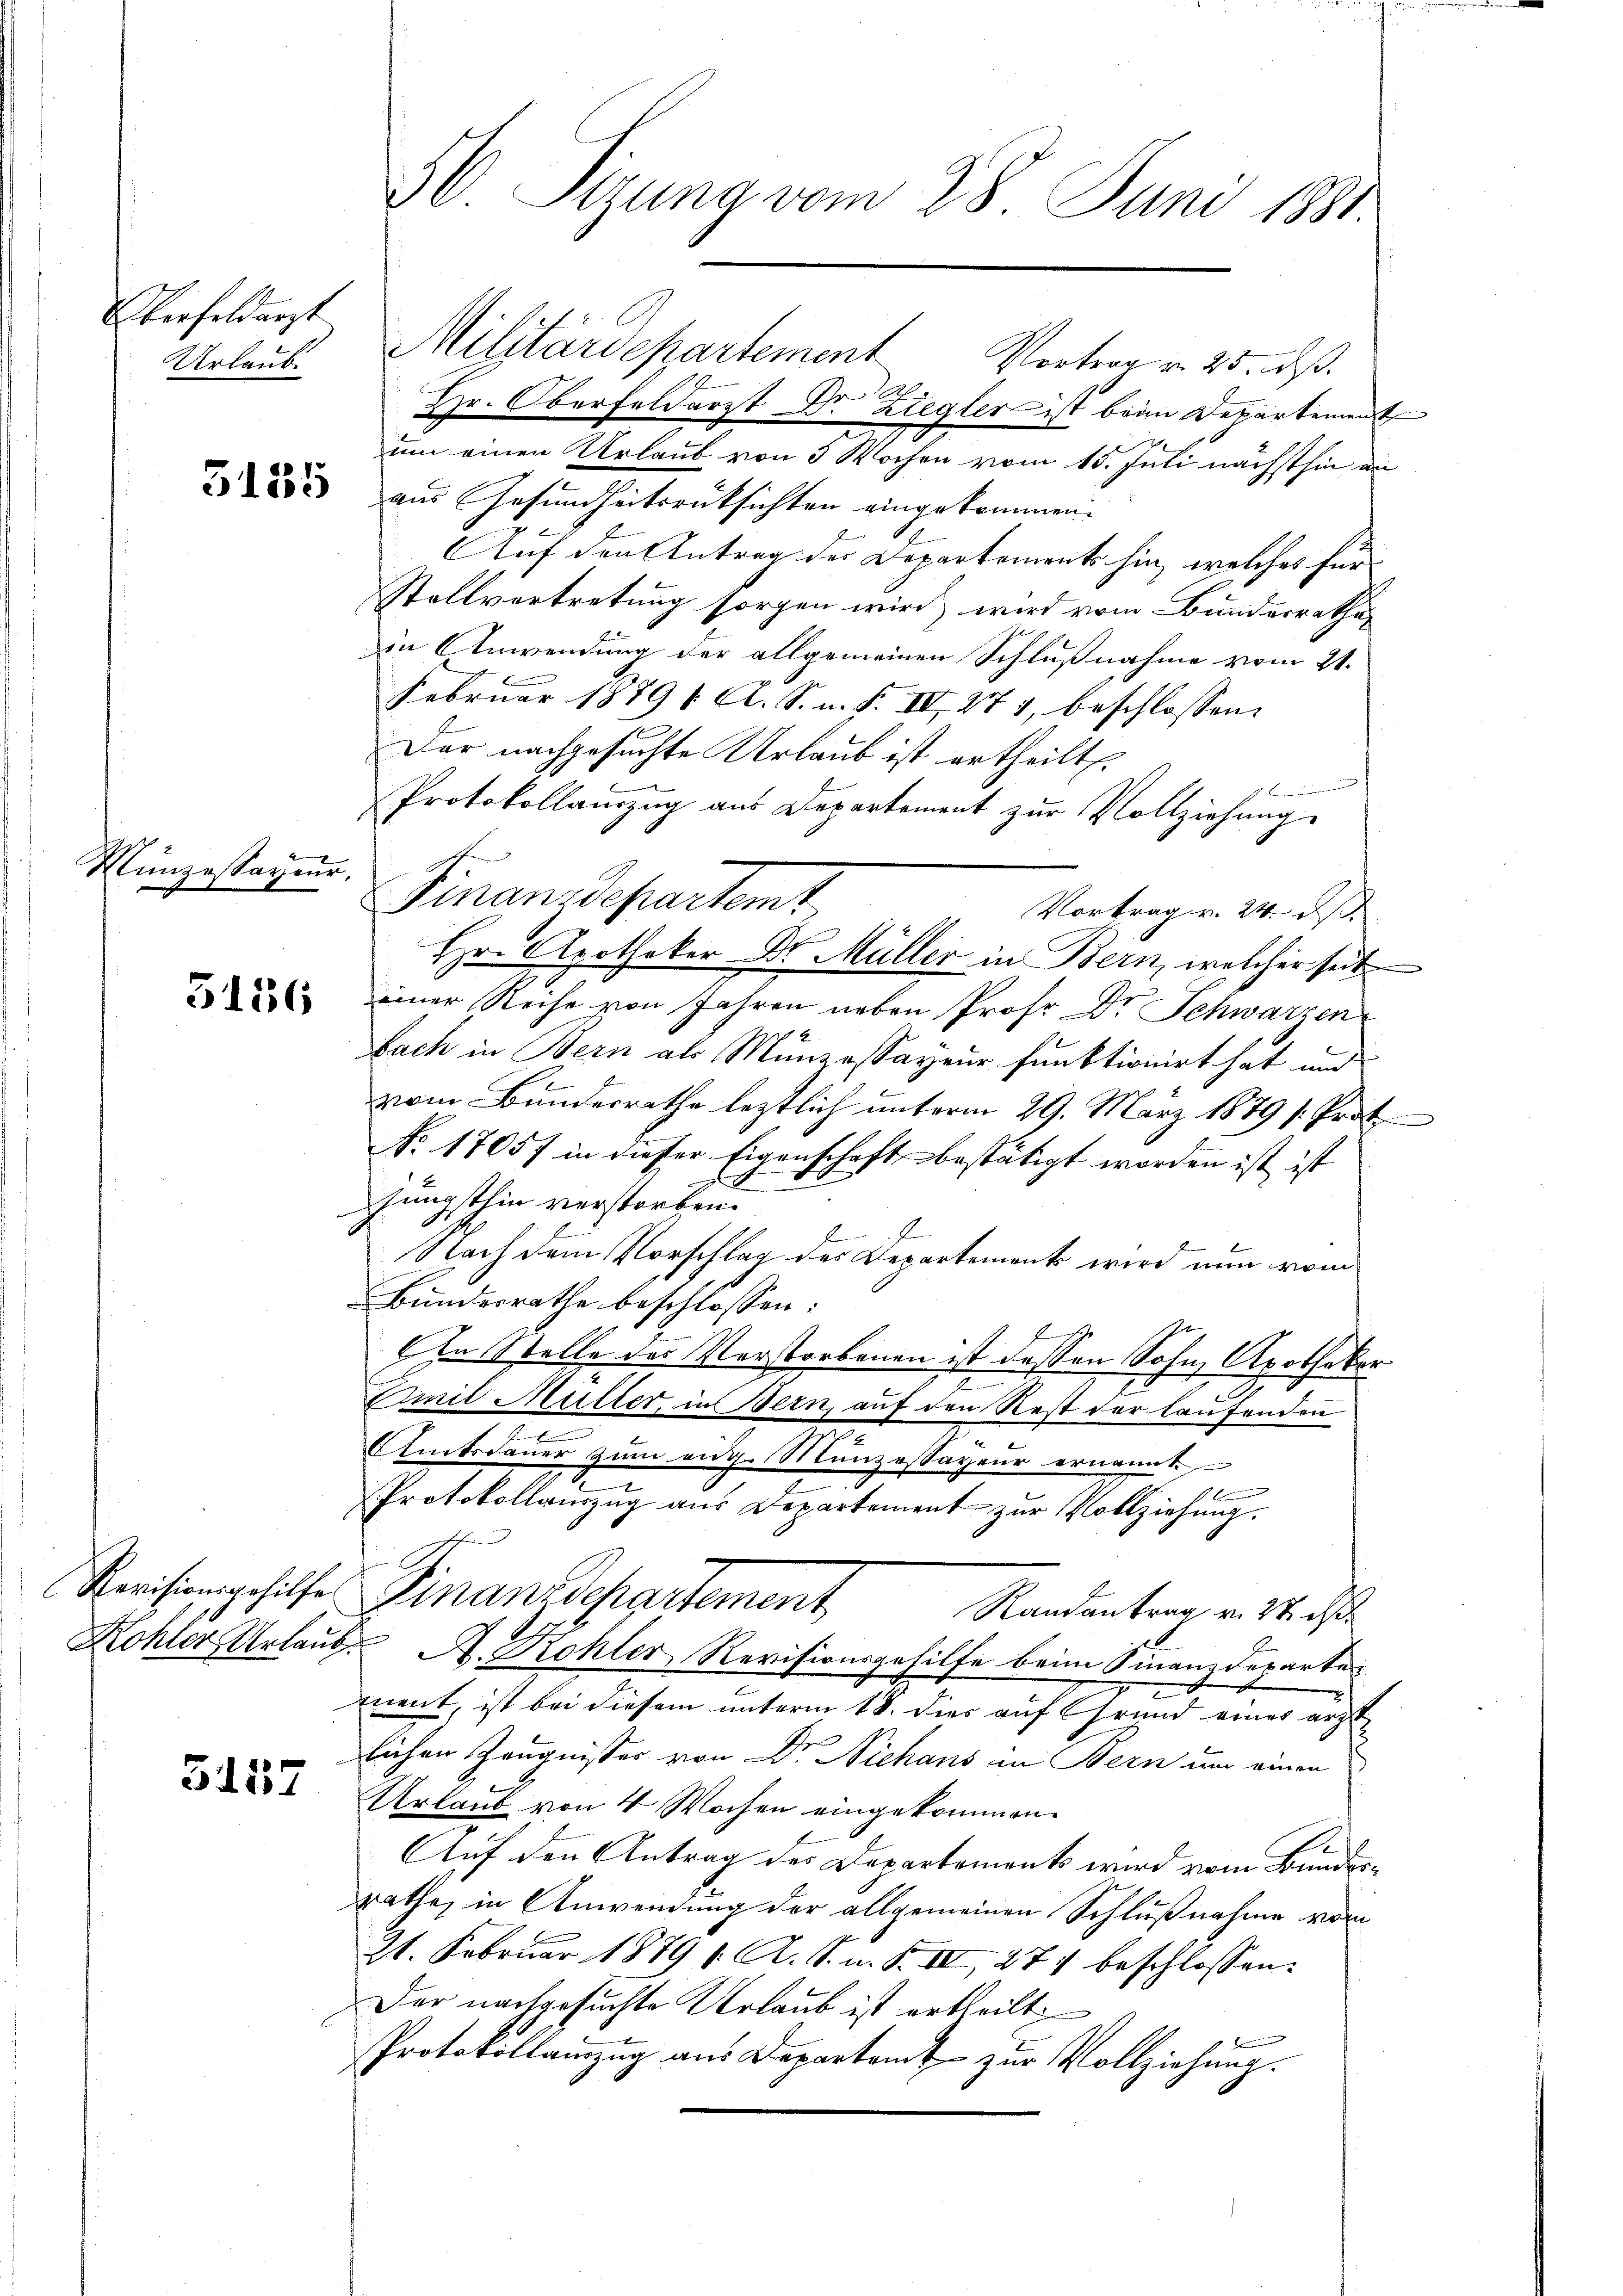
Verfeldarzt
Urlaub.

Münzessayeur.

5157

30 Sizung vom 28. Juni 1881.

1
Hr. Oberfeldarzt Dr. Ziegler ist beim Departement
um einen Urlaub von 3 Wochen vom 15. Juli nächsthin an
853 aus Gesundheitsrüksichten eingekommen.
Auf den Antrag der Departements hin, welches für
Stallvertretung sorgen wird wird vom Bundesrathes
in Anwendung der allgemeinen Schlußnahme vom 21.
Februar 1879 f. A. S. n. F. IV 271, beschlossen:
Der nachgesuchte Urlaub ist ertheilt.
Bennen und de
Protokollauszug aus Departement zur Vollziehung.
Finanzdepartemt
Vortrag v. 24. ds.
Hr. Apotheker Dr. Müller in Bern, welcher seit
2 einer Reihe von Jahren neben Prof. Dr. Schwarzen
bach in Bern als Münzessayeur funktionirt hat und
vom Bundesrathe leztlich unterm 29. März 1879 s. Prot
No. 17057 in dieser Eigenschaft bestätigt worden ist ist
Jüngsthin verstorben.
Nach dem Vorschlag des Departement wird nun vom
Bundesrathe beschlossen:
Jt
b
An Stelle des Verstorbenen ist dessen Sohn, Apotheker
Smit Müller, in Bern, auf den Rest der laufenden
Amtsdauer zum eidg. Münzessayeur ernannt.
f
Protokollauszug aus Departement zur Vollziehung.
schen
Revisionsgehilfe Finanzdepartement
Randantrag v. 27. d
Kohler Urlaub A. Kohler, Revisionsgehilfe beim Finanzdeparte
ment, ist bei diesem unterm 18. dies auf Grund eines ärztlichen Zeugnisser von Dr. Niehans in Bern um einen
Urlaub von 4 Wochen eingekommen.
Auf den Antrag des Departements wird vom Bundesräthe, in Anwendung der allgemeinen Schlußnahme vom
21. Februar 1879 f. A. S. n. F. III, 271 beschlossen:
Der nachgesuchte Urlaub ist ertheilt,
Protokollamzug aus Departamt zur Vollziehung.

Militärdepartement Vortrag v. 25. ds.